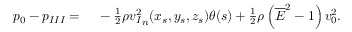
\begin{array} { r l } { p _ { 0 } - p _ { I I I } = { } } & { { } - \frac { 1 } { 2 } \rho { v _ { I } ^ { 2 } } _ { n } ( x _ { s } , y _ { s } , z _ { s } ) \theta ( s ) + \frac { 1 } { 2 } \rho \left( \overline { { E } } ^ { 2 } - 1 \right) v _ { 0 } ^ { 2 } . } \end{array}